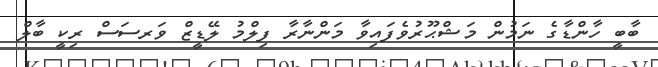
ބާބީ ހާންޑާގެ ނަމުން މަޝްޙޫރުވެފައިވާ މަންނާރާ ފިލްމު ލޭޑީޒް ވަރސަސް ރިކީ ބާލް